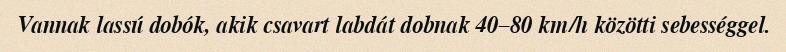
Vannak lassú dobók, akik csavart labdát dobnak 40–80 km/h közötti sebességgel.